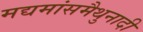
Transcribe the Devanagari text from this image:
मद्यमांसमैथुनादी